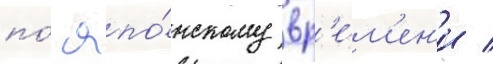
по́ япо́нскому вр'е́м'ен'и /